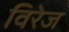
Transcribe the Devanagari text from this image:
विरेज